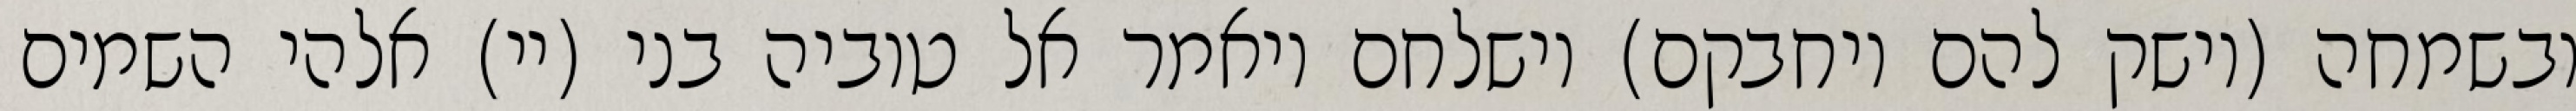
ובשמחה (וישק להם ויחבקם) וישלחם ויאמר אל טוביה בני (יי) אלהי השמים